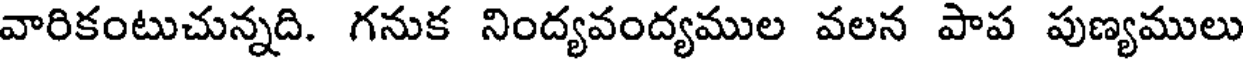
వారికంటుచున్నది. గనుక నింద్యవంద్యముల వలన పాప పుణ్యములు